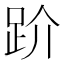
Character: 𧿩